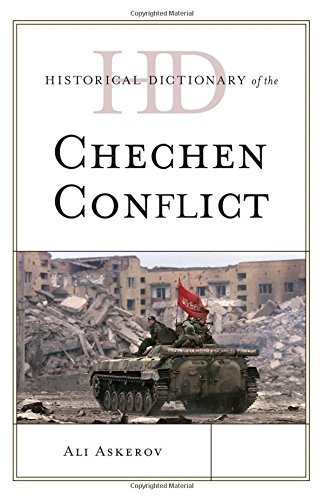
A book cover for Historical Dictionary of the Chechen Conflict (Historical Dictionaries of War, Revolution, and Civil Unrest); Ali Askerov; History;